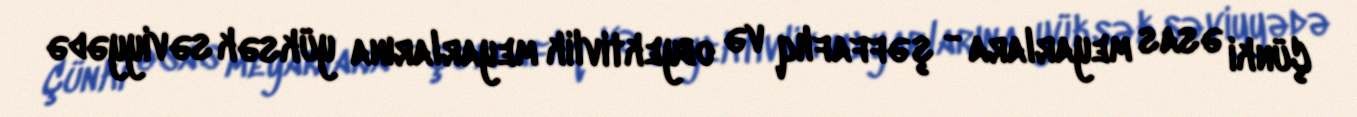
Çünki əsas meyarlara - şəffaflıq və obyektivlik meyarlarına yüksək səviyyədə